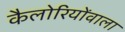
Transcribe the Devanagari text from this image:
कैलोरियोंवाला